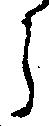
ら